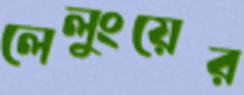
লেলুংয়ের